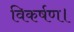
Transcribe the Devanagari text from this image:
विकर्षण।